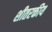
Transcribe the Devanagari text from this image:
शीतरक्तीय